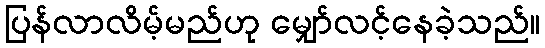
ပြန်လာလိမ့်မည်ဟု မျှော်လင့်နေခဲ့သည်။